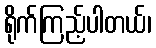
ရိုက်ကြည့်ပါတယ်၊